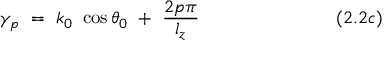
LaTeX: \gamma _ { p } ~ = ~ k _ { 0 } ~ \cos \theta _ { 0 } ~ + ~ { \frac { 2 p \pi } { l _ { z } } } ~ ~ ~ ~ ~ ~ ~ ~ ~ ~ ~ ~ ~ ~ ~ ~ ~ ~ ~ ~ ~ ~ ( 2 . 2 c )